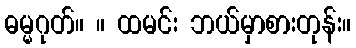
ဓမ္မဂုတ်။ ။ ထမင်း ဘယ်မှာစားတုန်း။